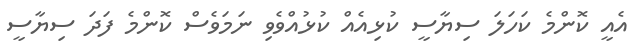
އެއީ ކޮންމެ ކަހަލަ ސިޔާސީ ކުޅިއެއް ކުޅުއްވެވި ނަމަވެސް ކޮންމެ ފަދަ ސިޔާސީ